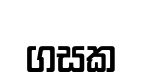
ගසක